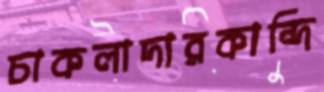
চাকলাদারকান্দি